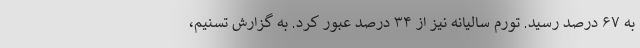
به ۶۷ درصد رسید. تورم سالیانه نیز از ۳۴ درصد عبور کرد. به گزارش تسنیم،